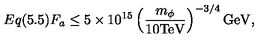
E q ( 5 . 5 ) F _ { a } \leq 5 \times 1 0 ^ { 1 5 } \left( \frac { m _ { \phi } } { 1 0 \mathrm { T e V } } \right) ^ { - 3 / 4 } \mathrm { G e V } ,